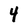
Character: 4